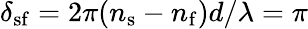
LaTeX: \delta_{\mathrm{sf}}=2\pi(n_{\mathrm{s}}-n_{\mathrm{f}})d/\lambda=\pi